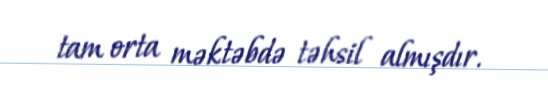
tam orta məktəbdə təhsil almışdır.